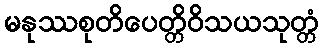
မနုဿစုတိပေတ္တိဝိသယသုတ္တံ